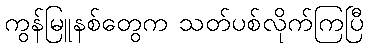
ကွန်မြူနစ်တွေက သတ်ပစ်လိုက်ကြပြီ